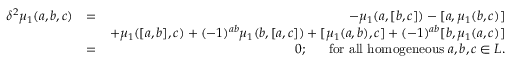
\begin{array} { r l r } { \delta ^ { 2 } \mu _ { 1 } ( a , b , c ) } & { = } & { - \mu _ { 1 } ( a , [ b , c ] ) - [ a , \mu _ { 1 } ( b , c ) ] } \\ & { } & { + \mu _ { 1 } ( [ a , b ] , c ) + ( - 1 ) ^ { a b } \mu _ { 1 } ( b , [ a , c ] ) + [ \mu _ { 1 } ( a , b ) , c ] + ( - 1 ) ^ { a b } [ b , \mu _ { 1 } ( a , c ) ] } \\ & { = } & { 0 ; ~ ~ ~ ~ \; \mathrm { f o r ~ a l l ~ h o m o g e n e o u s } \; a , b , c \in L . } \end{array}